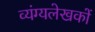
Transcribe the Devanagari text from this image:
व्यंग्यलेखकों